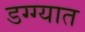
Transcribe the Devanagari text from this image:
डग्ग्यात